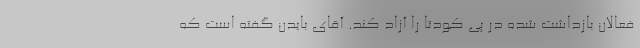
فعالان بازداشت شده در پی کودتا را آزاد کند. آقای بایدن گفته است که